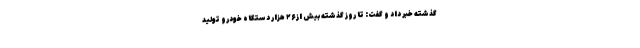
گذشته خبر داد و گفت: تا روز گذشته بیش از ۲۶ هزار دستگاه خودرو تولید